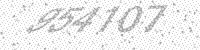
Solution: 954107